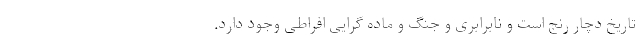
تاریخ دچار رنج است و نابرابری و جنگ و ماده گرایی افراطی وجود دارد.